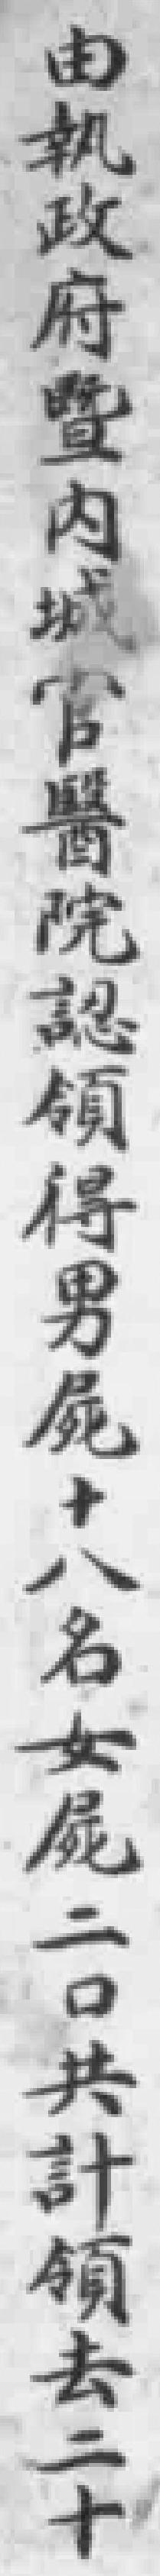
由執政府暨內城官醫院認領得男屍十八名女屍二口共計領去二十